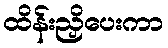
ထိန်းညှိပေးကာ